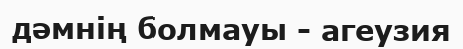
дәмнің болмауы - агеузия